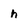
Character: h